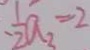
- \frac { 1 } { 2 } a _ { 3 } = 2